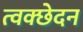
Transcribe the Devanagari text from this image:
त्वक्छेदन